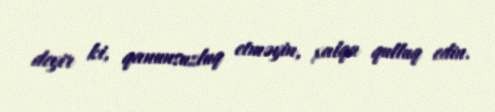
deyir ki, qanunsuzluq etməyin, xalqa qulluq edin.